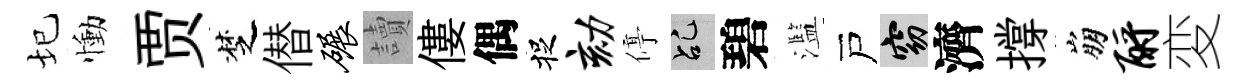
圮慟贾椘僣碾讀僂偶捉劾停乩碧濫戸窈濟撐崩酹変